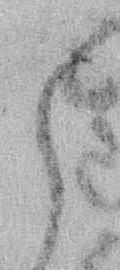
候